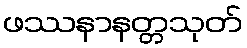
ဖဿနာနတ္တသုတ်